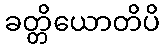
ခတ္တိယောတိပိ